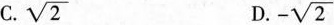
C. \sqrt{2} D. - \sqrt{2}